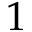
1